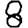
Digit: 8